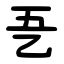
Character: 㐏